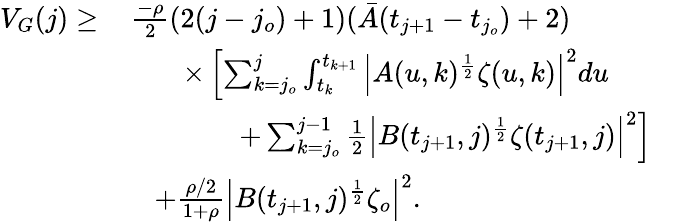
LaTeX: \begin{array}{rl}{V_{G}(j)\geq}&{\, \frac{-\rho}{2}(2(j-j_{o})+1)(\bar{A}(t_{j+1}-t_{j_{o}})+2)\qquad\qquad}\\ &{\qquad\times\left[\sum_{k=j_{o}}^{j}\int_{t_{k}}^{t_{k+1}}\left|A(u,k)^{\frac{1}{2}}\zeta(u,k)\right|^{2}du\right.}\\ &{\quad\left.\qquad\quad+\sum_{k=j_{o}}^{j-1}\frac{1}{2}\left|B(t_{j+1},j)^{\frac{1}{2}}\zeta(t_{j+1},j)\right|^{2}\right]}\\ &{\quad+\frac{\rho/2}{1+\rho}\left|B(t_{j+1},j)^{\frac{1}{2}}\zeta_{o}\right|^{2}.}\end{array}